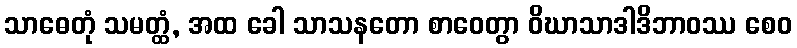
သာဓေတုံ သမတ္ထံ, အထ ခေါ သာသနတော စာဝေတွာ ဝိဃာသာဒါဒိဘာဝဿ စေဝ